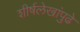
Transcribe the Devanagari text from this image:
शीर्षलेखांपुढे